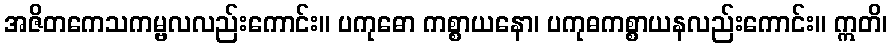
အဇိတကေသကမ္ဗလလည်းကောင်း။ ပကုဓော ကစ္စာယနော၊ ပကုဓကစ္စာယနလည်းကောင်း။ ဣတိ၊